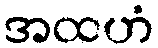
အထဟံ